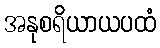
အနုစရိယာယပထံ